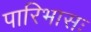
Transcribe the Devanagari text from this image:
पारिभासः